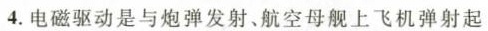
4.电磁驱动是与炮弹发射、航空母舰上飞机弹射起